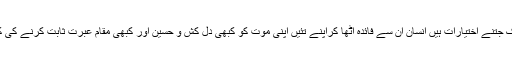
بہرحال زندگی تک جتنے اختیارات ہیں انسان ان سے فائدہ اٹھا کراپنے تئیں اپنی موت کو کبھی دل کش و حسین اور کبھی مقام عبرت ثابت کرنے کی کوشش کرتے ہیں۔